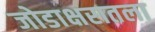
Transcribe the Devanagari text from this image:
जोडाक्षरातला